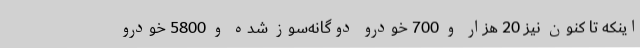
اینکه‌ تا کنون نیز 20 هزار و 700 خودرو دوگانه‌سوز شده و 5800 خودرو